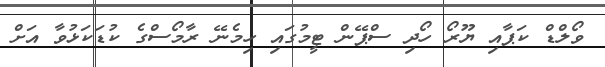
ވޯލްޑް ކަޕާއި ޔޫރޯ ހޯދި ސްޕޭން ޓީމުގައި ހިމެނޭ ރާމޯސްގެ ކުޑަކަޅުވާ އަށް